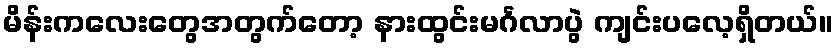
မိန်းကလေးတွေအတွက်တော့ နားထွင်းမင်္ဂလာပွဲ ကျင်းပလေ့ရှိတယ်။